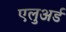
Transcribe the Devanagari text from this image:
एलुअर्ड